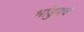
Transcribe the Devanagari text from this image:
भांडुपचे